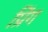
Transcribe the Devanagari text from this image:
प्रिंग